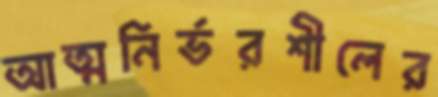
আত্মনির্ভরশীলের